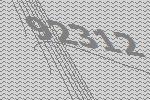
92312